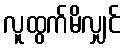
လူထွက်မိလျှင်